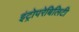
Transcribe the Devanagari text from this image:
इंट्रोपरेबिलिटी